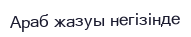
Араб жазуы негізінде